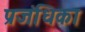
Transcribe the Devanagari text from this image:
प्रजंधिका